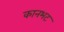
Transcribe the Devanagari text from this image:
कानभट